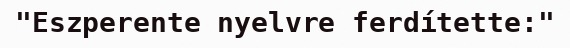
"Eszperente nyelvre ferdítette:"